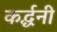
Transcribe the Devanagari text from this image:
कर्द्धनी